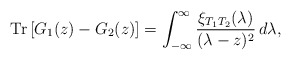
\begin{align*}\mbox{Tr}\left[ G_1(z)-G_2(z)\right] =\int_{-\infty}^\infty\frac{\xi_{T_1T_2}(\lambda)}{(\lambda-z)^2}\,d\lambda,\end{align*}